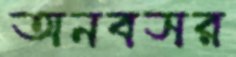
অনবসর